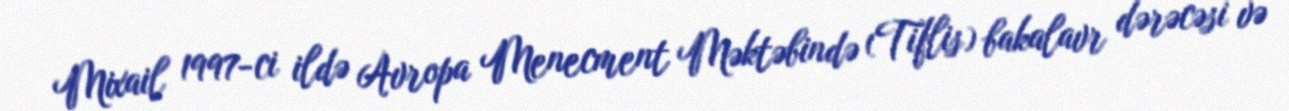
Mixail 1997-ci ildə Avropa Menecment Məktəbində (Tiflis) bakalavr dərəcəsi və